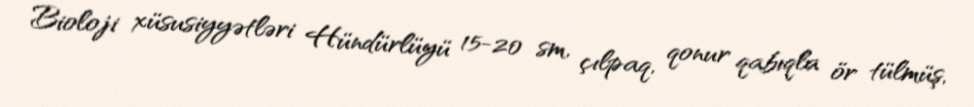
Bioloji xüsusiyyətləri Hündürlüyü 15-20 sm, çılpaq, qonur qabıqla ör tülmüş,